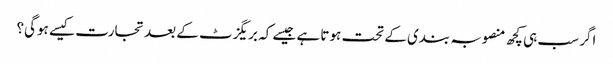
اگر سب ہی کچھ منصوبہ بندی کے تحت ہوتا ہے جیسے کہ بریگزٹ کے بعد تجارت کیسے ہوگی؟